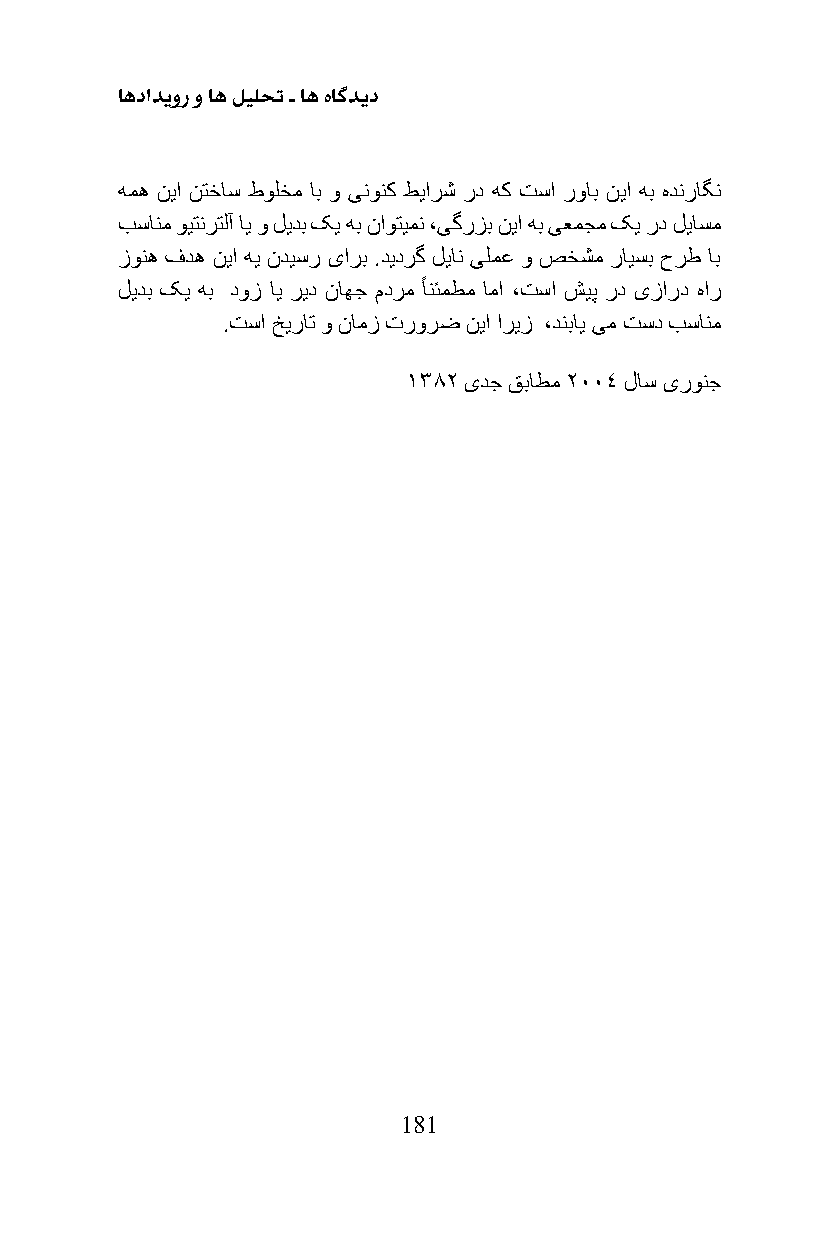
اهدادیور و اه لیلحت ـ اه هاگدید
 همه نیا نتخاس طولخم اب و ینونک طیارش رد هک تسا رواب نیا هب هدنراگن
 بسانم ویتنرتلآ ای و لیدب کی هب ناوتیمن ،یگرزب نیا هب یعمجم کی رد لیاسم
 زونه فده نیا هی ندیسر یارب .دیدرگ لیان یلمع و صخشم رایسب حرط اب
 لیدب کی هب دوز ای رید ناهج مدرم ًانئمطم اما ،تسا شیپ رد یزارد هار
 .تسا خیرات و نامز ترورض نیا اریز ،دنبای یم تسد بسانم
 1382 یدج قباطم 2004 لاس یرونج
 181